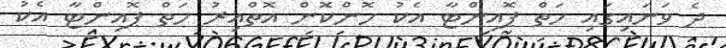
ދެ ވަނައިގައި ހަތް ޕޮއިންޓާ އެކު ހޮންކޮން އޮތްއިރު ހަތް ޕޮއިންޓާ އެކު